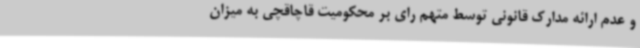
و عدم ارائه مدارک قانونی توسط متهم رای بر محکومیت قاچاقچی به میزان